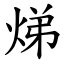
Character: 焍